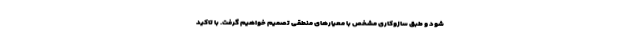
شود و طبق سازوکاری مشخص با معیارهای منطقی تصمیم خواهیم گرفت. با تاکید